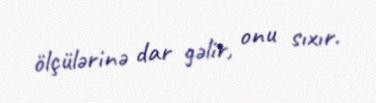
ölçülərinə dar gəlir, onu sıxır.